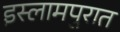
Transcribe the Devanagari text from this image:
इस्लामपुरात